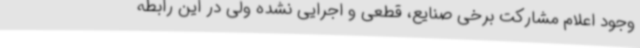
وجود اعلام مشارکت برخی صنایع، قطعی و اجرایی نشده ولی در این رابطه